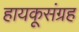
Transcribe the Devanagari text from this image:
हायकूसंग्रह